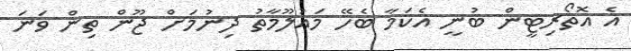
އެ އޮތޯރިޓީން ބުނީ އެކަމާ ބެހޭ މައުލޫމާތު ދިނުމަށް ޖޫން ތިން ވަނަ